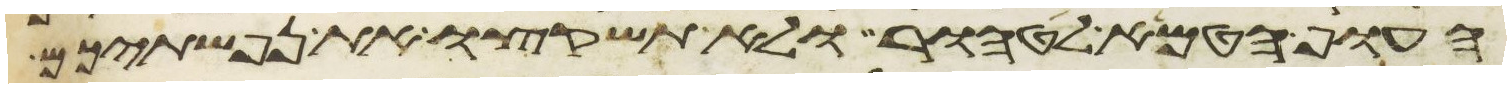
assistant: העוף הטמא לטהור ולא תשקצו את נפשתיכם